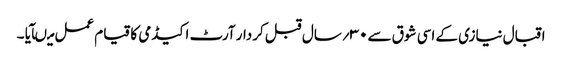
اقبال نیازی کے اسی شوق سے ۳۰؍سال قبل کردار آرٹ اکیڈمی کا قیام عمل میںآیا ۔